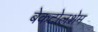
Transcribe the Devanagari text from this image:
बेकटोलशेम